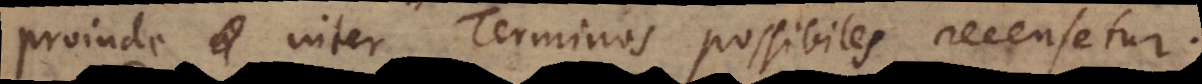
proinde inter Terminos possibiles recensetur.